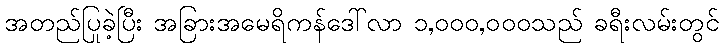
အတည်ပြုခဲ့ပြီး အခြားအမေရိကန်ဒေါ်လာ ၁,၀၀၀,၀၀၀သည် ခရီးလမ်းတွင်